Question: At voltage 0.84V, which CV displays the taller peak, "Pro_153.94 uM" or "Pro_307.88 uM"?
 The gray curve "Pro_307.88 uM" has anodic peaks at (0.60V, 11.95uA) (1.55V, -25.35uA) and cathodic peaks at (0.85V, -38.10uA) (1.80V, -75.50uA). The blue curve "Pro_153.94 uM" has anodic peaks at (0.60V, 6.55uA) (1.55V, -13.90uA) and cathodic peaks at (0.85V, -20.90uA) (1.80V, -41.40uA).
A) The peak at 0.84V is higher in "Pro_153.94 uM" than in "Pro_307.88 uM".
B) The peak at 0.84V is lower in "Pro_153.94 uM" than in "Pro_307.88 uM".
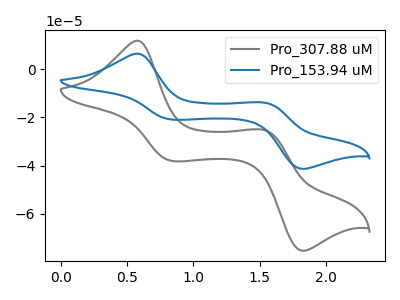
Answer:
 <answer>B) The peak at 0.84V is lower in "Pro_153.94 uM" than in "Pro_307.88 uM".</answer>
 <eval>B</eval>